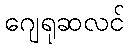
ဂျေရုဆလင်